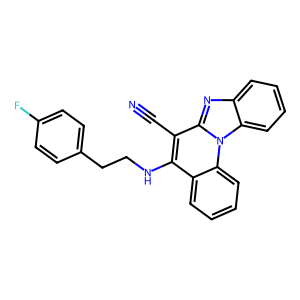
SMILES: N#Cc1c(NCCc2ccc(F)cc2)c2ccccc2n2c1nc1ccccc12
Inhibits HIV replication: No